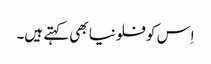
اِس کو فلونیا بھی کہتے ہیں۔